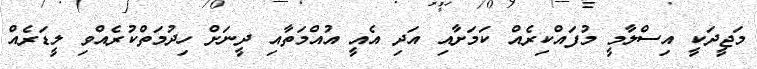
މަޖީދަކީ އިސްލާމީ މުފައްކިރެއް ކަމަށާއި އަދި އެއީ އުއްމަތާއި ދީނަށް ހިދުމަތްކުރެއްވި ލީޑަރެއް